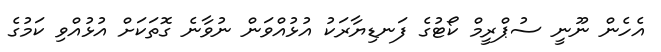
އެހެން ނޫނީ ސުޕްރީމް ކޯޓުގެ ފަނޑިޔާރަކު އުޅުއްވަން ނުވާނެ ގޮތަކަށް އުޅުއްވި ކަމުގެ